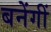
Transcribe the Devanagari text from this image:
बनेंगीं